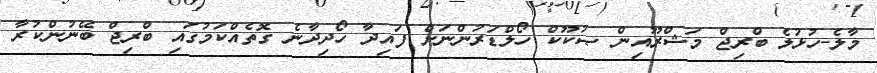
މާލެ-ހުޅުލެ ބްރިޖް މަޝްރޫއިން ޞުކޫކް ހޯލްޑަރުންނަށް ފައިދާ ހޯދިދާނެ ގޮތެއްކަމުގައި ބްރިޖް ބޭނުންކުރާ